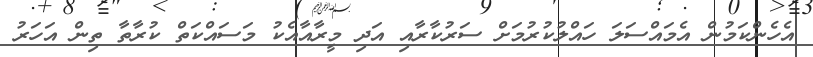
އެހެންކަމުން އެމައްސަލަ ހައްލުކުރުމަށް ސަރުކާރާއި އަދި މީރާއާއެކު މަސައްކަތް ކުރާތާ ތިން އަހަރު